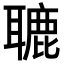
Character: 𦗓